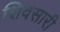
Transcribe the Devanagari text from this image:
शिवसारी